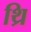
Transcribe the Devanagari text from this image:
थ्रि